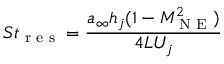
S t _ { \textrm { r e s } } = \frac { a _ { \infty } h _ { j } ( 1 - M _ { \textrm { N E } } ^ { 2 } ) } { 4 L U _ { j } }